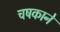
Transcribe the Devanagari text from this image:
चषकाने